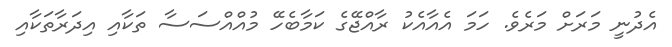
އެދުނީ މަރަށް މަރެވެ. ހަމަ އެއާއެކު ރާއްޖޭގެ ކަމާބެހޭ މުއްއްސަސާ ތަކާއި އިދަރާތަކާއި